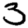
Digit: 3